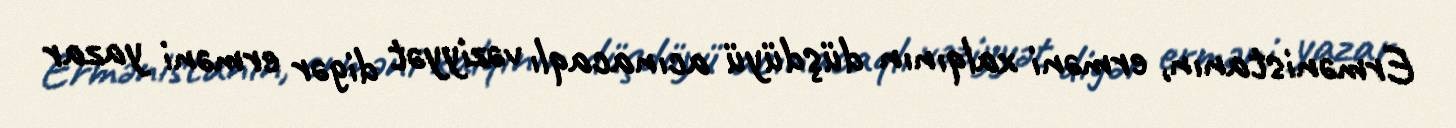
Ermənistanın, erməni xalqının düşdüyü acınacaqlı vəziyyət digər erməni yazar